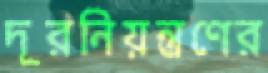
দূরনিয়ন্ত্রণের